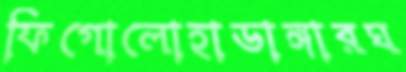
ফিগোলোহাডাঙ্গারঘ